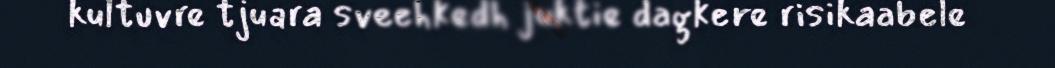
kultuvre tjuara sveehkedh juktie dagkere risikaabele